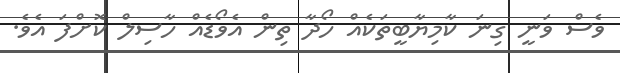
ވެސް ވަނީ ގިނަ ކާމިޔާބީތަކެއް ހޯދާ ތިން އެވޯޑެއް ހާސިލް ކޮށްފަ އެވެ.